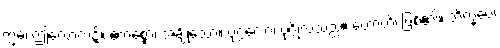
ဣဓ၊ ဤလောက၌။ ဧကစ္စော၊ အချို့သော။ ပုဂ္ဂလော၊ ပုဂ္ဂိုလ်သည်။ ဟောတိ၊ ဖြစ်၏။ ဘိက္ခဝေ၊